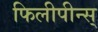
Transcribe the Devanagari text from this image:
फिलीपीन्स्